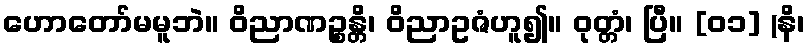
ဟောတော်မမူဘဲ။ ဝိညာဏဉ္စန္တိ၊ ဝိညာဥဇံဟူ၍။ ဝုတ္တံ၊ ပြီ။ [၀၁] (နိ၊